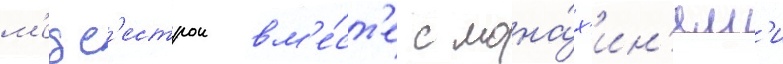
м'едс'естрои вм'е́ст'е с мона́х'ин'ям'и